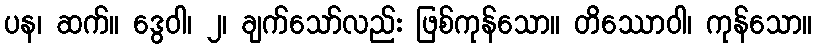
ပန၊ ဆက်။ ဒွေဝါ၊ ၂၊ ချက်သော်လည်း ဖြစ်ကုန်သော။ တိဿောဝါ၊ ကုန်သော။